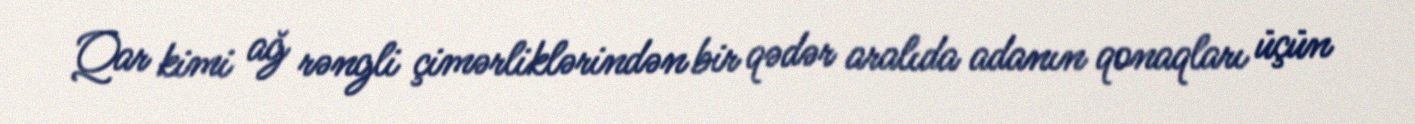
Qar kimi ağ rəngli çimərliklərindən bir qədər aralıda adanın qonaqları üçün